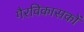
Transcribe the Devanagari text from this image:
गैरविकासकों